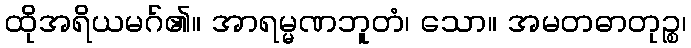
ထိုအရိယမဂ်၏။ အာရမ္မဏဘူတံ၊ သော။ အမတဓာတုဉ္စ၊